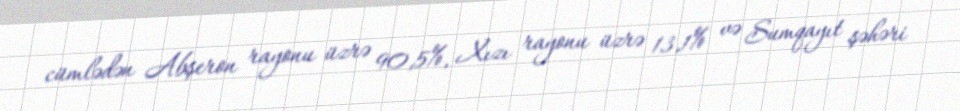
cümlədən Abşeron rayonu üzrə 90,5%, Xızı rayonu üzrə 13,1% və Sumqayıt şəhəri